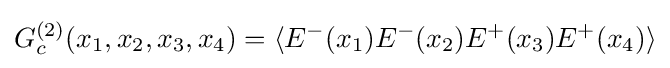
G_{c}^{(2)}(x_{1},x_{2},x_{3},x_{4})=\langle E^{-}(x_{1})E^{-}(x_{2})E^{+}(x_{3})E^{+}(x_{4})\rangle